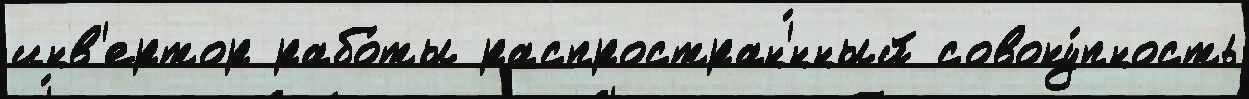
инв'ертор рабо́ты распростран'́нный совоку́пность